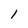
Character: 1